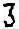
3